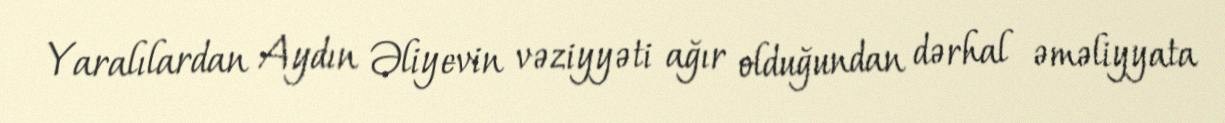
Yaralılardan Aydın Əliyevin vəziyyəti ağır olduğundan dərhal əməliyyata